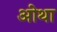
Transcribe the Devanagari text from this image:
ओथा